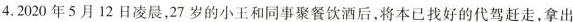
4.2020年5月12日凌晨，27岁的小王和同事聚餐饮酒后，将本已找好的代驾赶走，拿出